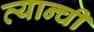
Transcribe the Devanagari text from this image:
त्यान्ची